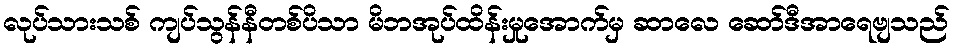
လုပ်သားသစ် ကျပ်သွန်နီတစ်ပိသာ မိဘအုပ်ထိန်းမှုအောက်မှ ဆာလေ ဆော်ဒီအာရေဗျသည်